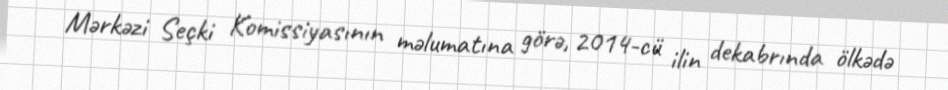
Mərkəzi Seçki Komissiyasının məlumatına görə, 2014-cü ilin dekabrında ölkədə